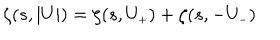
\zeta ( s , \vert U \vert ) = \zeta ( s , U _ { \scriptscriptstyle + } ) + \zeta ( s , - U _ { \scriptscriptstyle - } )